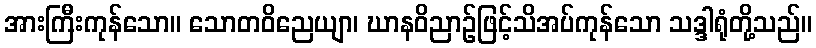
အားကြီးကုန်သော။ သောတဝိညေယျာ၊ ဃာနဝိညာဉ်ဖြင့်သိအပ်ကုန်သော သဒ္ဒါရုံတို့သည်။